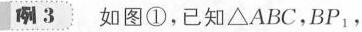
3如图①，已知△ABC，BP_{ 1}，